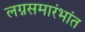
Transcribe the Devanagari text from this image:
लग्नसमारंभांत